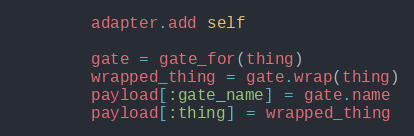
Language: Ruby
        adapter.add self

        gate = gate_for(thing)
        wrapped_thing = gate.wrap(thing)
        payload[:gate_name] = gate.name
        payload[:thing] = wrapped_thing